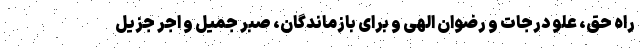
راه حق، علو درجات و رضوان الهی و برای بازماندگان، صبر جمیل و اجر جزیل